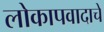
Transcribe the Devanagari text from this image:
लोकापवादाचें